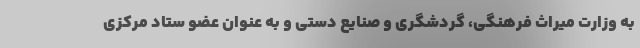
به وزارت میراث فرهنگی، گردشگری و صنایع دستی و به عنوان عضو ستاد مرکزی